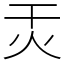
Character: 㶣